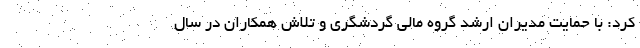
کرد: با حمايت مديران ارشد گروه مالي گردشگري و تلاش همكاران در سال